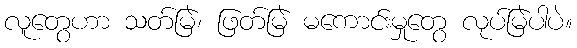
လူတွေဟာ သတ်မြဲ၊ ဖြတ်မြဲ မကောင်းမှုတွေ လုပ်မြဲပါပဲ။